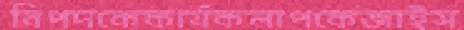
বিপদকেকার্যকলাপকেজাইস